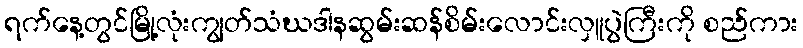
ရက်နေ့တွင်မြို့လုံးကျွတ်သံဃဒါနဆွမ်းဆန်စိမ်းလောင်းလှူပွဲကြီးကို စည်ကား